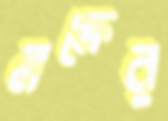
লক্ষের